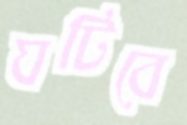
ঘটিবে